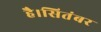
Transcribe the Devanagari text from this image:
है।सितंबर